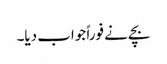
بچے نے فوراً جواب دیا۔